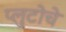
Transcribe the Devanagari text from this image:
प्लुटोचे